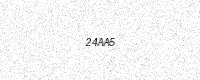
Text: 24AA5